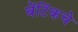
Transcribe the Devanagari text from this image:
बेंटिंकचे